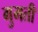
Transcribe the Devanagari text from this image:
गुमती